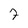
Character: 7